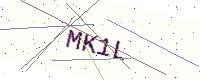
Text: MK1L